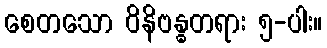
စေတသော ဝိနိဗန္ဓတရား ၅-ပါး။